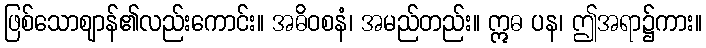
ဖြစ်သောဈာန်၏လည်းကောင်း။ အဓိဝစနံ၊ အမည်တည်း။ ဣဓ ပန၊ ဤအရာ၌ကား။